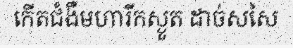
កើតជំងឺមហារីកស្ងួត ដាច់សសៃ